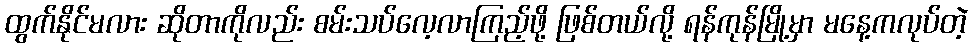
ထွက်နိုင်မလား ဆိုတာကိုလည်း စမ်းသပ်လေ့လာကြည့်ဖို့ ဖြစ်တယ်လို့ ရန်ကုန်မြို့မှာ မနေ့ကလုပ်တဲ့